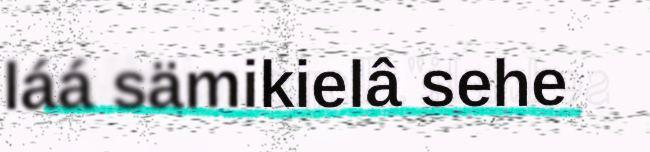
láá sämikielâ sehe